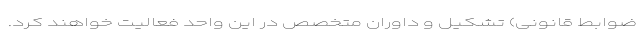
ضوابط قانونی) تشکیل و داوران متخصص در این واحد فعالیت خواهند کرد.